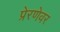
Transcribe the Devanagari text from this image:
प्रेरणेवर